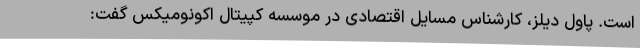
است. پاول دیلز، کارشناس مسایل اقتصادی در موسسه کپیتال اکونومیکس گفت: